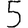
Digit: 5